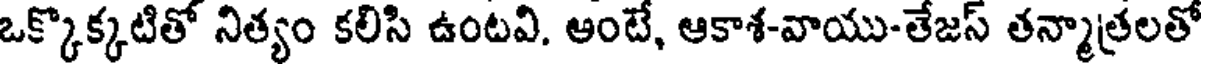
ఒక్కొక్కటితో నిత్యం కలిసి ఉంటవి. ఆంటే, ఆకాశ-వాయు-తేజస్ తన్మాత్రలతో